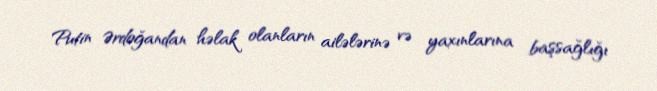
Putin Ərdoğandan həlak olanların ailələrinə və yaxınlarına başsağlığı